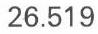
26.519